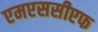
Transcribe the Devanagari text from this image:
एमएससीएफ